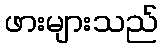
ဖားများသည်